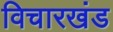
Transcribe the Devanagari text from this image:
विचारखंड